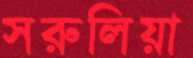
সরুলিয়া